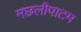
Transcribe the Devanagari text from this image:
मछलीपाटम